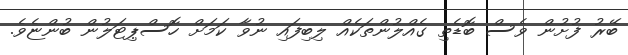
ބޭރު ފުށުން ވެސް ބޮޑެތި ގެއްލުންތަކެއް ލިބިފައި ނުވާ ކަމަށް ހޮސްޕިޓަލުން ބުންޏެވެ.